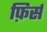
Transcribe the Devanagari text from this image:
फ़िर्स